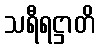
သရီရဋ္ဌာတိ